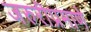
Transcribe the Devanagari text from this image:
जरुरीप्रमाणे